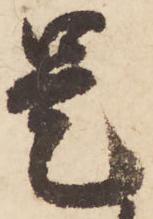
是